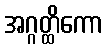
အဂ္ဂတ္ထိကော